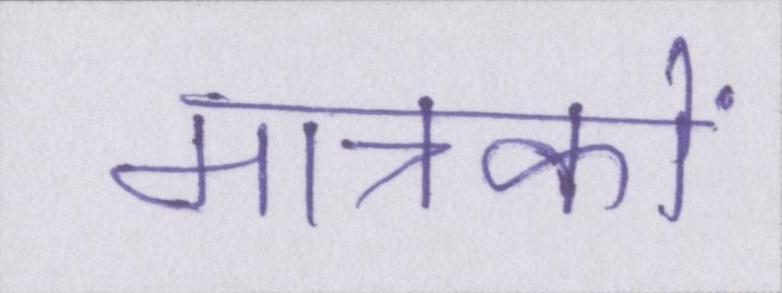
मात्रकों